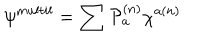
\psi ^ { m u l t i l } = \sum { \cal { P } } _ { a } ^ { ( n ) } \chi ^ { a ( n ) }